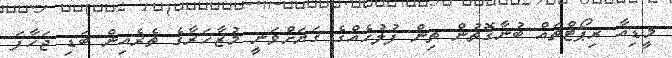
މީޑިއާ ރިޕޯޓްތައް ބުނާގޮތުން ތިން ފުލުހެއްގެ ގަޔަށްވަނީ މުޒާހަރާގެ ތެރެއިން ބަޑި ޖަހާފަ